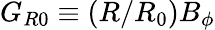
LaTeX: G_{R0}\equiv(R/R_{0})B_{\phi}